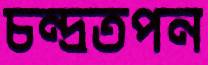
চন্দ্রতপন